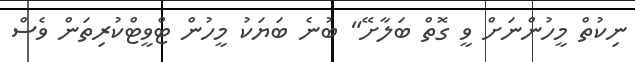
ނިކުތް މީހުންނަށް ވީ ގޮތް ބަލާށޭ" ބުނެ ބަޔަކު މީހުން ޓްވީޓްކުރިތަން ވެސް